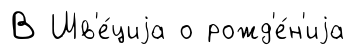
В Шв'е́циjа о рожд'е́н'иjа